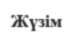
Жүзім